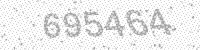
Solution: 695464